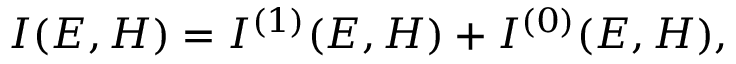
I ( E , H ) = I ^ { ( 1 ) } ( E , H ) + I ^ { ( 0 ) } ( E , H ) ,